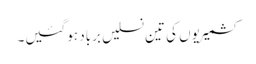
کشمیریوں کی تین نسلیں برباد ہوگئیں۔